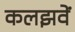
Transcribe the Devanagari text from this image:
कलझवें